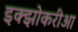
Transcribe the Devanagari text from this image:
इक्झोकरीआ